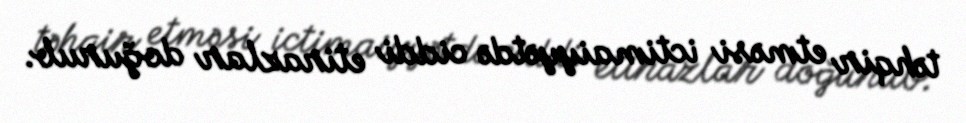
təhqir etməsi ictimaiyyətdə ciddi etirazlar doğurub.